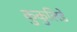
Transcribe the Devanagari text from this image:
कुकुलिडे